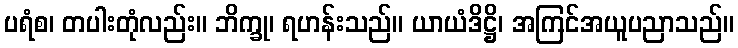
ပရံစ၊ တပါးတုံလည်း။ ဘိက္ခု၊ ရဟန်းသည်။ ယာယံဒိဋ္ဌိ၊ အကြင်အယူပညာသည်။